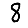
Digit: 8